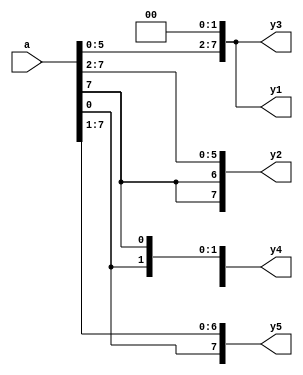
module shift(input signed [7:0] a ,
             output signed  [7:0] y1,
             output signed  [7:0] y2,
             output signed  [7:0] y3,
             output signed  [7:0] y4,
             output signed  [7:0] y5);
    //////////////////////////////
    assign y1 = a << 2;
    /////////////////////0///////////////
    assign y2 = a >>> 2;
    ////////////////////////////////
    assign y3 = a <<< 2;
    /////////////////////////////
    assign y4 = {a[6:0], a[7]};
    /////////////////////////////
    assign y5 = {a[0], a[7:1]};
    
    endmodule